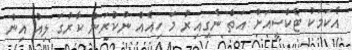
އެކަމަކު ޓެކްސީއަށް އަތް ނެގިއިރު މަ ހިއެއް ނުކުރަން ކާރުގަ ލިއު އިން